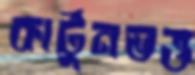
কার্টুনভক্ত